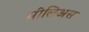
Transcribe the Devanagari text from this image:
मीलिअस